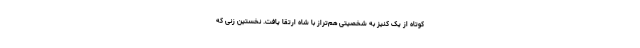
کوتاه از یک کنیز به شخصیتی هم‌تراز با شاه ارتقا یافت. نخستین زنی که